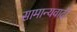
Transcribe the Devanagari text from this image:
सामान्यवादी